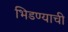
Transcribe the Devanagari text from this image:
भिडण्याची